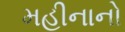
મહીનાનો